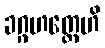
ခဂ္ဂဟတ္ထေဟိ